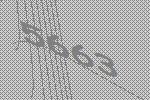
5663